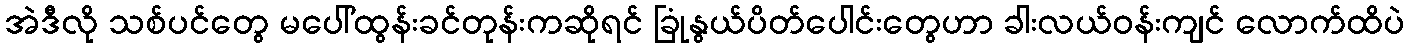
အဲဒီလို သစ်ပင်တွေ မပေါ်ထွန်းခင်တုန်းကဆိုရင် ခြုံနွယ်ပိတ်ပေါင်းတွေဟာ ခါးလယ်ဝန်းကျင် လောက်ထိပဲ